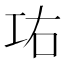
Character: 𰏋